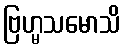
ဗြဟ္မသမောသိ